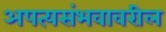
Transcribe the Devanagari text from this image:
अपत्यसंभवावरील